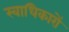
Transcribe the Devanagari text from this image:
स्वाधिकारों